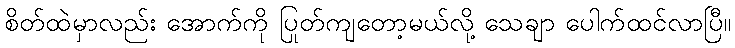
စိတ်ထဲမှာလည်း အောက်ကို ပြုတ်ကျတော့မယ်လို့ သေချာ ပေါက်ထင်လာပြီ။